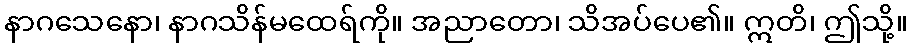
နာဂသေနော၊ နာဂသိန်မထေရ်ကို။ အညာတော၊ သိအပ်ပေ၏။ ဣတိ၊ ဤသို့။